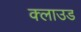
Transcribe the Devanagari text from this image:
क्‍लाउड